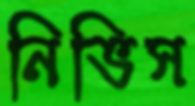
নিভিস